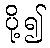
ပို့၍